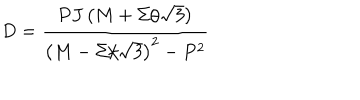
D = { \frac { P J \left( M + \Sigma / \sqrt { 3 } \right) } { \left( M - \Sigma / \sqrt { 3 } \right) ^ { 2 } - P ^ { 2 } } }